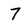
Character: 7